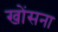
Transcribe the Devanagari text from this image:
खोंसना